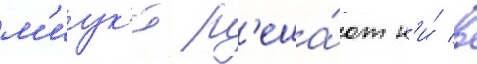
м'иук'и р'еша́ют н'и́ в